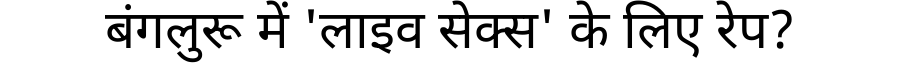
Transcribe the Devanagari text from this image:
बंगलुरू में 'लाइव सेक्स' के लिए रेप?